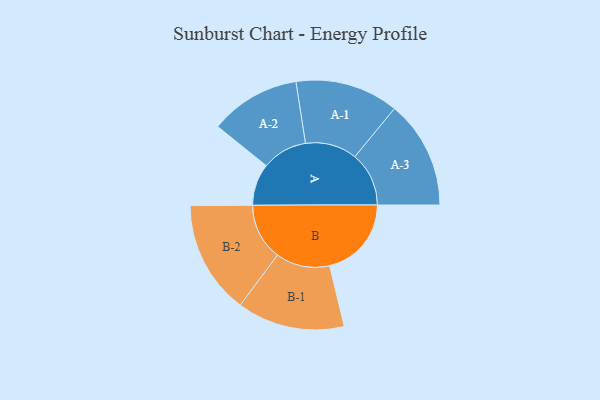
{"axis": {"x": "Segment", "y": "Value"}, "legend": ["", "A", "B"], "data": [{"x": "A", "y": 210, "type": ""}, {"x": "B", "y": 410, "type": ""}, {"x": "A-1", "y": 259, "type": "A"}, {"x": "A-2", "y": 227, "type": "A"}, {"x": "A-3", "y": 271, "type": "A"}, {"x": "B-1", "y": 270, "type": "B"}, {"x": "B-2", "y": 284, "type": "B"}]}